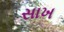
સાખ